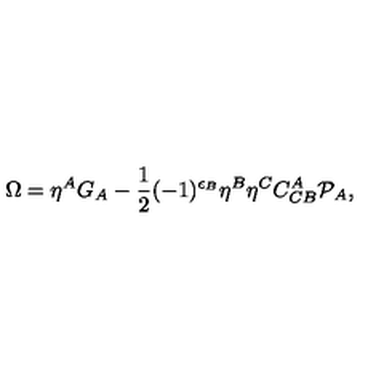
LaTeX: \Omega = \eta ^ { A } G _ { A } - \frac { 1 } { 2 } ( - 1 ) ^ { \epsilon _ { B } } \eta ^ { B } \eta ^ { C } C _ { C B } ^ { A } { \cal P } _ { A } ,